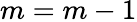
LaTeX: m=m-1